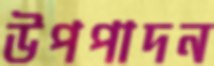
উপপাদন